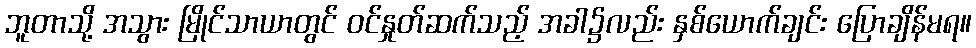
ဘူတာသို့ အသွား မြိုင်သာယာတွင် ဝင်နှုတ်ဆက်သည့် အခါ၌လည်း နှစ်ယောက်ချင်း ပြောချိန်မရ။